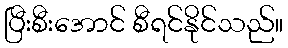
ပြီးစီးအောင် စီရင်နိုင်သည်။